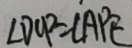
\angle D C P = \angle A P E